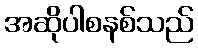
အဆိုပါစနစ်သည်